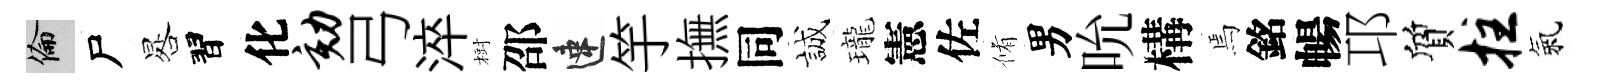
倫尸晷習化劾弓淬𣗳邵速竽撫同誠瓏憲佐脩男吮構焉銘暢邛質拄氣